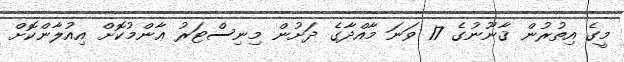
މީގެ އިތުރުން ޤާނޫނުގެ 17 ވަނަ މާއްދާގެ ދަށުން މިނިސްޓަރު ޢާންމުކޮށް އިއުލާންކޮށް